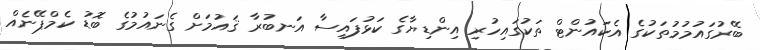
ބޭރުގައުމުމުތަކުގެ އެކައުންޓް ތަކުގައިހުރި އިންޑިޔާގެ ކަޅުފައިސާ އަނބުރާ ޤައުމަށް ގެނައުމުގެ ބޮޑު ކެމްޕޭނެއް